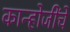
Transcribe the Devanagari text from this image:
कान्होजींचे